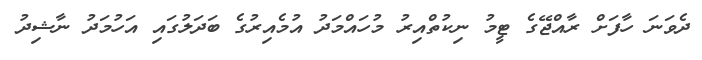
ދެވަނަ ހާފަށް ރާއްޖޭގެ ޓީމު ނިކުތްއިރު މުހައްމަދު އުމެއިރުގެ ބަދަލުގައި އަހުމަދު ނާޝިދު